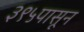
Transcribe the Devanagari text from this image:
३९५पासून